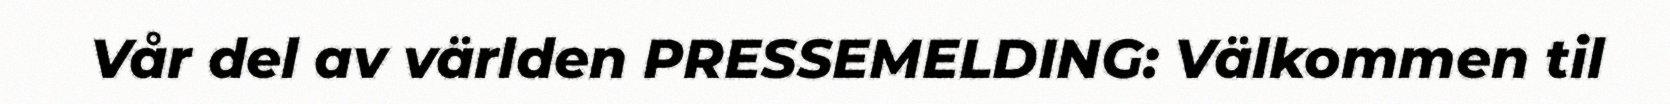
Vår del av världen PRESSEMELDING: Välkommen til